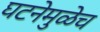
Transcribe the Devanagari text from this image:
घटनेमुळेच